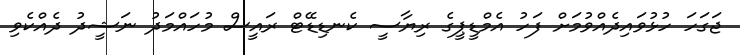
ޖަގަހަ ހުޅުވައިދެއްވުމަށް ފަހު އެމްޑީޕީގެ ރިޔާސީ ކެނޑިޑޭޓް ރަައީސް މުހައްމަދު ނަޝީދު ދެއްކެވި